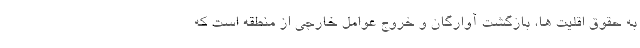
به حقوق اقلیت ها، بازگشت آوارگان و خروج عوامل خارجی از منطقه است که